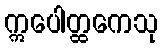
ဣပေါတ္ထကေသု